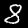
Digit: 8